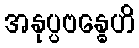
အနုပ္ပဗန္ဓေဟိ